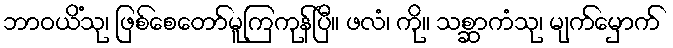
ဘာဝယိံသု၊ ဖြစ်စေတော်မူကြကုန်ပြီ။ ဖလံ၊ ကို။ သစ္ဆာကံသု၊ မျက်မှောက်